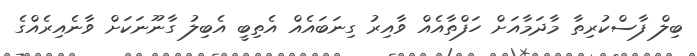
ބިލް ފާސްކުރިތާ މާދަމާއަށް ހަފްތާއެއް ވާއިރު ގިނަބައެއް އެތިބީ އެބިލު ގާނޫނަކަށް ވާނެއިރެއްގެ